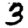
Digit: 3